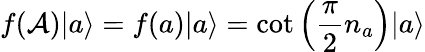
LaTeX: f(\mathcal A){\left|{a}\right\rangle}=f(a){\left|{a}\right\rangle}=\cot\left(\frac{\pi}{2}n_{a}\right){\left|{a}\right\rangle}